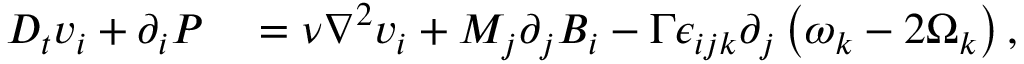
\begin{array} { r l } { D _ { t } v _ { i } + \partial _ { i } P } & { { } = \nu \nabla ^ { 2 } v _ { i } + M _ { j } \partial _ { j } B _ { i } - \Gamma \epsilon _ { i j k } \partial _ { j } \left( \omega _ { k } - 2 \Omega _ { k } \right) , } \end{array}